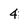
Character: 4